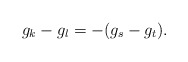
\begin{align*}g_k-g_l=-(g_s-g_t).\end{align*}